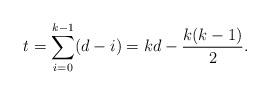
LaTeX: \begin{align*}t = \sum_{i=0}^{k-1} (d-i) = kd - \frac{k(k-1)}{2} .\end{align*}